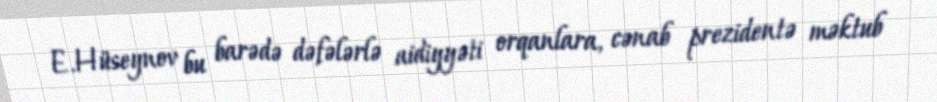
E.Hüseynov bu barədə dəfələrlə aidiyyəti orqanlara, cənab prezidentə məktub